Report on sanitation, dispensaries, and jails in Rajputana for 1921, and on vaccination for the year 1921-1922 - 1921-1922
Year: 1921
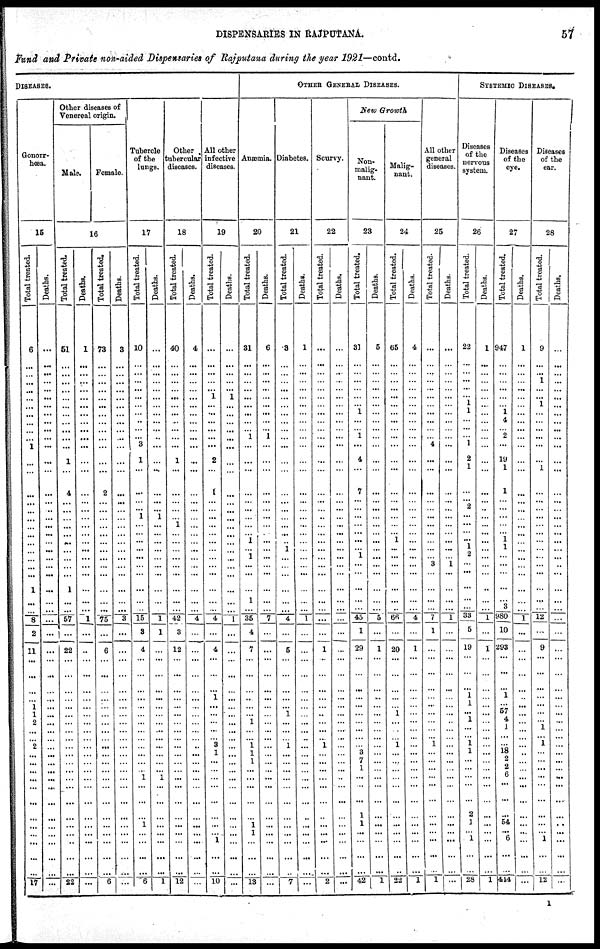
DISPENSARIES IN RAJPUTANA.
57
Fund and Private non-aided Dispensaries of Rajputana during the year 1921—contd.
DISEASES.
Gonorr¬
hœa.
15
Total treated.
6
...
...
...
...
...
...
...
...
...
1
...
...
...
...
... ...
...
...
...
... ...
...
...
1
...
...
8
2
11
...
...
...
...
1
1
2
...
... 2
...
...
...
...
...
...
...
. ..
...
...
...
...
17
Deaths.
...
...
...
...
...
...
...
...
...
...
...
...
...
...
...
... ...
...
...
...
...
...
...
...
...
...
...
...
...
...
...
...
...
...
...
...
...
...
...
...
...
...
...
...
...
...
...
...
...
...
...
...
...
Other diseases of
Venereal origin.
Male.
Female.
16
Total treated.
51
...
...
...
...
...
...
...
...
...
...
1
...
4
...
... ...
...
...
...
...
...
...
...
1
...
...
57
...
22
...
...
...
...
...
...
...
...
...
...
...
...
...
...
...
...
...
...
...
...
...
...
22
Deaths.
1
...
...
...
...
...
...
...
...
...
...
...
...
...
...
... ...
...
...
...
...
...
...
...
...
...
...
1
...
...
...
...
...
...
...
...
...
...
... ...
...
...
...
...
...
...
...
...
...
...
...
...
...
Total treated.
73
...
...
...
...
...
...
...
...
...
...
...
...
2
...
... ...
...
...
...
...
...
...
...
...
...
...
75
...
6
...
...
...
...
...
...
...
...
... ...
...
...
...
...
...
...
...
...
...
...
...
...
6
Deaths.
3
...
...
...
...
...
...
...
...
...
...
...
...
...
...
... ...
...
...
...
...
...
...
...
...
...
...
3
...
...
...
...
...
...
...
...
...
...
...
...
...
...
...
...
...
...
...
...
...
...
...
...
...
Tubercle
of the
lungs.
17
Total treated.
10
...
...
...
...
...
...
...
...
...
3
1
...
...
...
... 1
...
...
...
...
...
... ...
...
...
... 15
3
4
...
...
...
...
...
...
...
...
...
...
...
...
... 1
...
...
...
1
...
...
...
...
6
Deaths.
...
...
...
...
...
...
...
...
...
...
...
...
...
...
...
... 1
...
...
...
...
...
...
...
...
...
... 1
1
...
...
...
...
...
...
...
...
...
...
...
...
...
... 1
...
...
...
...
...
...
...
...
1
Other
tubercular
diseases.
18
Total treated.
40
...
...
...
...
...
...
...
...
...
...
1
...
...
...
... ...
1
...
...
...
...
...
...
...
...
... 42
3
12
...
...
...
...
...
...
...
...
...
...
...
...
...
...
...
...
...
...
...
...
...
...
12
Deaths.
4
...
...
...
...
...
...
...
...
...
...
...
...
...
...
... ...
...
...
...
...
...
...
...
...
...
... 4
...
...
...
...
...
...
...
...
...
...
...
...
...
...
...
...
...
...
...
...
...
...
...
...
...
All other
infective
diseases.
19
Total treated.
...
...
...
...
...
1
...
...
...
...
...
2
...
1
...
... ...
...
...
...
...
...
...
...
...
...
...
4
...
4
...
...
... 1
...
...
...
...
... 3
1
...
...
...
...
...
...
...
...
1
...
...
10
Deaths.
...
...
...
...
...
1
...
...
...
...
...
...
...
...
...
... ...
...
...
...
... ...
...
...
...
...
...
1
...
...
...
...
...
...
...
...
...
...
...
...
...
...
...
...
...
...
...
...
...
...
...
...
...
OTHER GENERAL DISEASES.
Anæmia.
20
Total treated.
31
...
...
...
...
...
...
...
...
1
...
...
...
...
...
... ...
...
...
1
...
1
...
...
...
1
... 35
4
7
...
...
...
...
...
...
1
...
... 1
1
1
...
...
...
...
...
1
1
...
...
...
13
Deaths.
6
...
...
...
...
...
...
...
...
1
...
...
...
...
...
... ...
...
...
...
... ...
... ...
...
...
... 7
...
...
...
...
...
...
...
...
...
...
...
...
...
...
...
...
...
...
...
...
...
...
...
...
...
Diabetes.
21
Total treated.
3
...
...
...
...
...
...
...
...
...
...
...
...
...
...
... ...
...
...
...
1
...
... ...
...
...
...
4
...
5
...
...
...
...
...
1
...
...
... 1
...
...
...
...
...
...
...
...
...
...
...
...
7
Deaths.
1
...
...
...
...
...
...
...
...
...
...
...
...
...
...
... ...
...
...
...
... ...
...
...
...
...
...
1
...
...
...
...
...
...
...
...
...
...
..
...
...
...
...
...
...
...
...
...
...
...
...
...
...
Scurvy.
22
Total treated.
...
...
...
...
...
...
...
...
...
...
...
...
...
...
...
... ...
...
...
...
...
...
...
...
...
...
...
...
...
1
...
...
...
...
...
...
...
...
... 1
...
...
...
...
...
...
...
...
...
...
...
...
2
Deaths.
...
...
...
...
...
...
...
...
...
...
...
...
...
...
...
... ...
...
...
...
...
...
...
...
...
...
...
...
...
...
...
...
...
...
...
...
...
...
...
...
...
...
...
...
...
...
...
...
...
...
...
...
...
New Growth
Non¬
malig-
nant.
23
Total treated.
31
...
...
...
...
... ...
1
...
1
...
4
...
7
...
... ...
...
...
...
... 1
...
...
...
...
... 45
1
29
...
...
...
...
...
...
...
...
...
... 3
7
1
...
...
...
1
1
...
...
...
...
42
Deaths.
5
...
...
...
...
...
...
...
...
...
...
...
...
...
...
... ...
...
...
...
...
...
...
...
...
...
...
5
...
1
...
...
...
...
...
...
...
...
...
...
...
...
...
...
...
...
...
...
...
...
...
...
1
Malig-
nant.
24
Total treated.
65
...
...
...
...
...
...
...
...
...
...
...
...
...
...
... ...
...
...
1
...
...
...
...
...
...
...
66
...
20
...
...
...
...
...
1
...
...
...
1
...
...
...
...
...
...
...
...
...
...
...
...
22
Deaths.
4
...
...
...
...
...
...
...
...
...
...
...
...
...
...
... ...
...
...
...
...
...
...
...
...
...
...
4
...
1
...
...
...
...
...
...
...
...
...
...
...
...
...
...
...
...
...
...
...
...
...
...
1
All other
general
diseases.
25
Total treated.
...
...
...
...
...
...
...
...
...
...
4
...
...
...
...
... ...
...
...
...
...
...
... ...
...
...
... 7
1
...
...
...
...
...
...
...
...
...
...
1
...
...
...
...
...
...
...
...
...
...
...
1
Deaths.
...
...
...
...
...
...
...
...
...
...
...
...
...
...
...
... ...
...
...
...
...
...
... ...
...
...
... 1
...
...
...
...
...
...
...
...
...
...
... ...
...
...
...
...
...
...
...
...
...
...
...
...
...
SYSTEMIC DISEASES.
Diseases
of the
nervous
system.
26
Total treated.
22
...
...
...
...
... 1 1
...
...
1
2
1
...
...
... ...
...
...
...
1
2
... ...
...
...
... 33
5
19
...
...
... 1
1
...
1
...
... 1
1
...
...
...
...
...
2
1
... 1
...
28
Deaths.
1
...
...
...
...
...
...
...
...
...
...
...
...
...
...
... ...
...
...
...
...
...
...
...
...
...
... 1
...
1
...
...
...
...
...
...
...
...
...
...
...
...
...
...
...
...
...
...
...
...
...
...
1
Diseases
of the
eye.
27
Total treated.
947
...
...
...
...
...
... 1
4
2
...
19
1
1
...
... ...
...
...
1
1
...
...
...
...
...
3
980
10
293
...
...
... 1
...
57
4
1
...
... 18
2
2
6
...
...
...
54
...
6
...
...
444
Deaths.
1
...
...
...
...
...
...
...
...
...
...
...
...
...
...
... ...
...
...
...
... ...
...
...
...
...
...
1
...
...
...
...
...
...
...
...
...
...
... ...
...
...
...
...
...
...
...
...
...
...
...
...
Diseases
of the
ear.
28
Total treated.
9
...
...
1
...
... 1
...
...
...
...
...
1
...
...
... ...
...
...
...
... ...
... ...
...
...
... 12
...
9
...
...
...
...
...
...
...
1
... 1
...
...
...
...
...
...
...
...
...
1
...
12
Deaths.
...
...
...
...
...
...
...
...
...
...
...
...
...
...
...
... ...
...
...
...
...
...
...
...
...
...
...
...
...
...
...
...
...
...
...
...
...
... ...
...
...
...
...
...
....
...
...
...
...
...
...
...
1